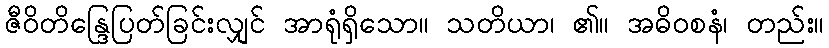
ဇီဝိတိန္ဒြေပြတ်ခြင်းလျှင် အာရုံရှိသော။ သတိယာ၊ ၏။ အဓိဝစနံ၊ တည်း။